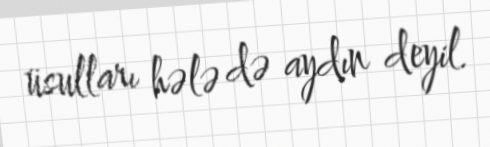
üsulları hələ də aydın deyil.